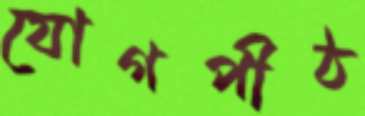
যোগপীঠ